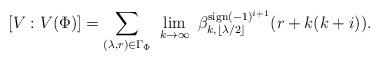
LaTeX: \begin{align*}[V:V(\Phi)] = \sum_{ (\lambda,r)\in\Gamma_\Phi}\ \lim_{k\to\infty}\ \beta^{{\rm sign}(-1)^{i+1}}_{k,\lfloor \lambda/2\rfloor}(r+k(k+i)).\end{align*}